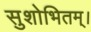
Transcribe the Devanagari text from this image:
सुशोभितम्।